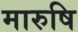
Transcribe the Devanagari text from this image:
मारुषि